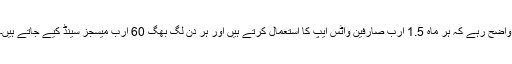
واضح رہے کہ ہر ماہ 1.5 ارب صارفین واٹس ایپ کا استعمال کرتے ہیں اور ہر دن لگ بھگ 60 ارب میسجز سینڈ کیے جاتے ہیں۔